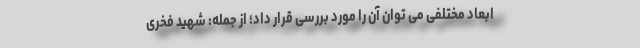
ابعاد مختلفی می توان آن را مورد بررسی قرار داد؛ از جمله: شهید فخری